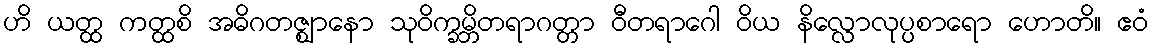
ဟိ ယတ္ထ ကတ္ထစိ အဓိဂတဇ္ဈာနော သုဝိက္ခမ္ဘိတရာဂတ္တာ ဝီတရာဂေါ ဝိယ နိလ္လောလုပ္ပစာရော ဟောတိ။ ဧဝံ